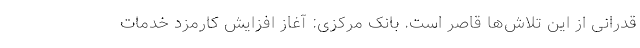
قدرانی از این تلاش‌ها قاصر است. بانک مرکزی: آغاز افزایش کارمزد خدمات